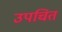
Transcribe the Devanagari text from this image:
उपचित